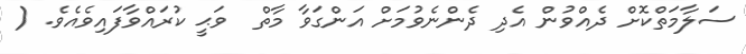
ސަލާމަތްކޮށް ދެއްވުން އެދި ދެންނެވުމަށް އަންގަވާ މާތް  ވަޙީ ކުރައްވާފައިވެއެވެ. (